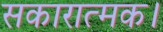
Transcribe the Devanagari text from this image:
सकारात्मक।